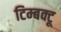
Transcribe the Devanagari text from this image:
टिम्बक्टू